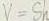
V = S h